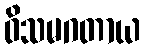
ဝိသမဂတာယ